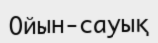
Ойын-сауық